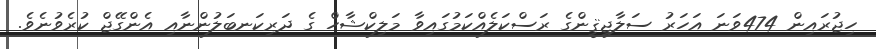
ހިޖުރައިން 474ވަނަ އަހަރު ސަލާޖިޤީންގެ ރަސްކަލެއްކަމުގައިވާ މަލިކްޝާހް ގެ ދަރިކަނބަލުންނާއި އެންގޭޖް ކުރެވުނެވެ.